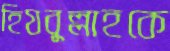
হিযবুল্লাহকে